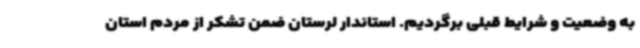
به وضعیت و شرایط قبلی برگردیم. استاندار لرستان ضمن تشکر از مردم استان